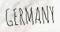
GERMANY